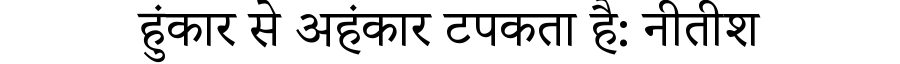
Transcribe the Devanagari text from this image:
हुंकार से अहंकार टपकता है: नीतीश